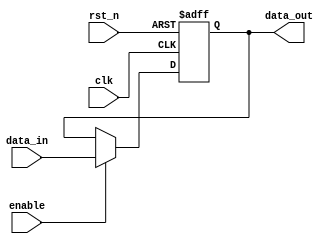
module InputRegister #(
    parameter DATA_WIDTH = 8  // Define the width of the register (default is 8 bits)
)(
    input wire clk,            // Clock input
    input wire rst_n,         // Active-low reset input
    input wire enable,        // Enable signal
    input wire [DATA_WIDTH-1:0] data_in,  // Input data lines
    output reg [DATA_WIDTH-1:0] data_out   // Output data lines
);

// Sequential logic block for the register
always @(posedge clk or negedge rst_n) begin
    if (!rst_n) begin
        // Reset the register to zero
        data_out <= {DATA_WIDTH{1'b0}};
    end else if (enable) begin
        // Capture input data on the rising edge of the clock when enabled
        data_out <= data_in;
    end
    // If enable is not active, retain the previous value of data_out
end

endmodule